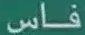
فاس